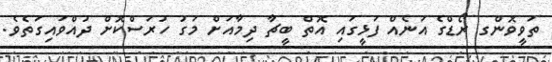
ތަވީވޮންގ ރޯޑްގެ އަނެއް ފަޅީގައި އޮތް ބީޗާ ދިމާއަށް މަގު ހުރަސްކޮށް ދުއްވައިގަތެވެ.